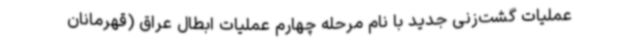
عملیات گشت‌زنی جدید با نام مرحله چهارم عملیات ابطال عراق (قهرمانان